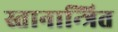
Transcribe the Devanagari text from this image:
स्तानान्त्रित